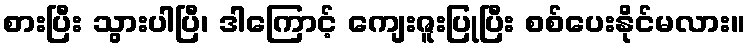
စားပြီး သွားပါပြီ၊ ဒါကြောင့် ကျေးဇူးပြုပြီး စစ်ပေးနိုင်မလား။